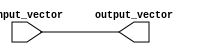
module vector_continuous_assignment #(
    parameter WIDTH = 8 // Define the width of the vectors
)(
    input  wire [WIDTH-1:0] input_vector, // Input vector
    output wire [WIDTH-1:0] output_vector // Output vector
);

// Continuous assignment of the input vector to the output vector
assign output_vector = input_vector;

endmodule